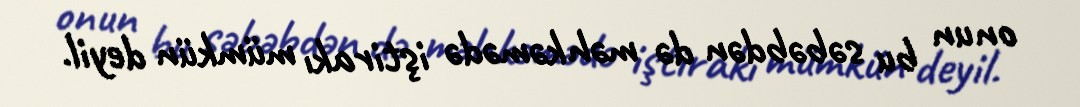
onun bu səbəbdən də məhkəmədə iştirakı mümkün deyil.